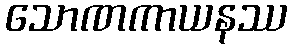
သောဏကာယနဿ